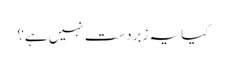
کیا یہ زبردست نہیں ہے؟